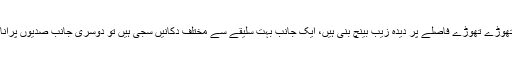
سائیڈ میں تھوڑے تھوڑے فاصلے پر دیدہ زیب بینچ بنی ہیں، ایک جانب بہت سلیقے سے مختلف دکانیں سجی ہیں تو دوسری جانب صدیوں پرانا ایک مندر۔